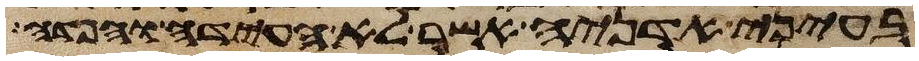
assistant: בעיני אדניה אשר לא העידה והפדה